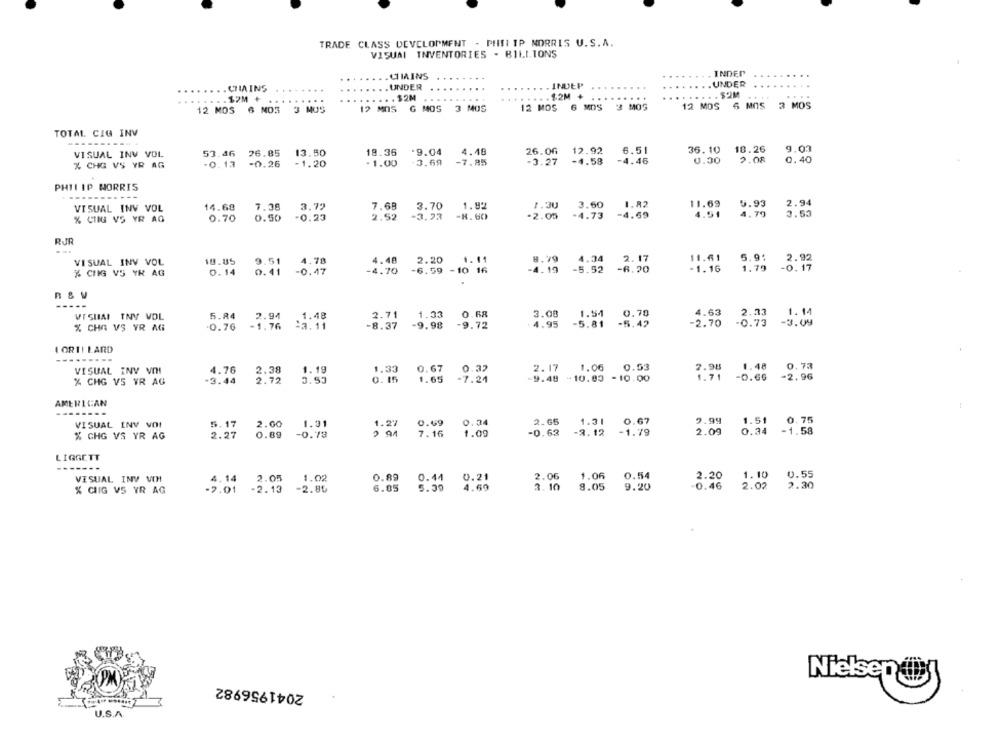
TRADE CLASS DEVELOPMENT - PHILIP MORRIS U.S.A.
VISUAL INVENTORIES . BILLIONS
.CHMAINS
INDEP
.....
........ CHAINS
...
. . UNDER
.....
. . INDEP
.......
UNDER
. .. . . . $2M
.$2M +
.........
. ... $2M
$2M +
...
12 MOS 6 NO3 3 MUS
12 MOS G MOS 3 MOS
12 MOS 6 MDS 3 MOS
12 MOS 6 MOS 3 MOS
TOTAL CIG INV
6.51
9.03
VISUAL INV VOL
53.46
26.85
13.50
18.36
.9.04
4.48
26.06
12.92
36.10
18.26
% CHG VS YR AG
-0. 13
-0.26
-1.20
- 1.00
-3.69
-7.85
-3.27
-4.58
-4.46
0.00
2.08
0.40
PHILIP MORRIS
VISUAL INV VOL
14.68
7.38
3.72
7.68
3.70
1.92
1.30
3.60
11.69
5.93
2.94
2.52
-3.23
-8.60
-2.05
4.79
3.53
% CIIG VS YR AG
0.70
0.50
-0.23
RUR
18.05
4.40
2.20
4.11
8.79
4.34
2.17
5.91
VISUAL INV VOL
.78
-4.19
-5.52
-6.20
1.79
- 0:17
% CHIG VS YR AG
0. 14
0.41
- 0. 47
-4.70
-6.59 -10 16
0.70
VISUAL TNV VOL
5.84
2.94
1.48
2.71
1.33
0.68
3.08
1.54
1. 14
% CHA VS YR AG
0.76
-1.76
-3.11
-8.37
-9.98
-9.72
4.95
-5.81
-5.42
-2.70
-0.79
-3.09
I ORII LARD
-----...
VISUAL INV VINI
4.76
2.38
1.19
1.33
0.67
0.32
2.17
1.06
0.53
7.98
1.48
0.78
3.53
0. 15
1.65
-7.24
9.48 -10.03 -10.00
1.71
-0.66
=2.96
% CHG V5 YR AG
-3.44
2.72
AMERICAN
VISUAL INV VOI
5. 17
2.00
1.31
1.22
0.69
0.34
2.65
1.31
0.67
9.99
1.51
0.75
-3.12
-1.79
2.09
0.34
-1.58
% CHG VS YR AG
2.27
0.89
-0.73
2 94
7.16
1.09
-0.63
LIGGETT
---
2.06
1.06
0.54
0.55
VISUAL INV VIH
4.14
2.05
1.02
0.89
0.44
0.21
2.20
1.10
-7.01
-2.13
-2.80
6.05
5.39
4.69
3. 10
9.05
9.20
-0.46
2.02
2.30
% GIIG VS YR AG
2041956982
Nielsen !!
U.S.A.